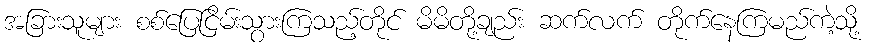
အခြားသူများ စစ်ပြေငြိမ်းသွားကြသည့်တိုင် မိမိတို့ချည်း ဆက်လက် တိုက်နေကြမည်ကဲ့သို့